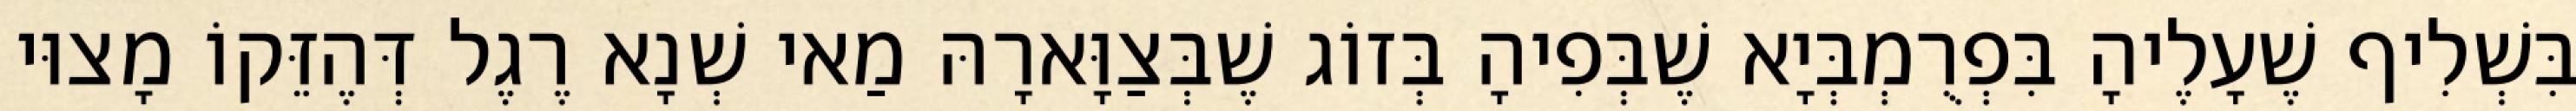
בִּשְׁלִיף שֶׁעָלֶיהָ בִּפְרֻמְבְּיָא שֶׁבְּפִיהָ בְּזוֹג שֶׁבְּצַוָּארָהּ מַאי שְׁנָא רֶגֶל דְּהֶזֵּקוֹ מָצוּי